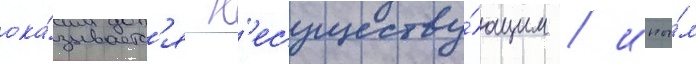
ока́зываетс'я н'есуществу́ющим / ины́м